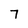
Character: 7